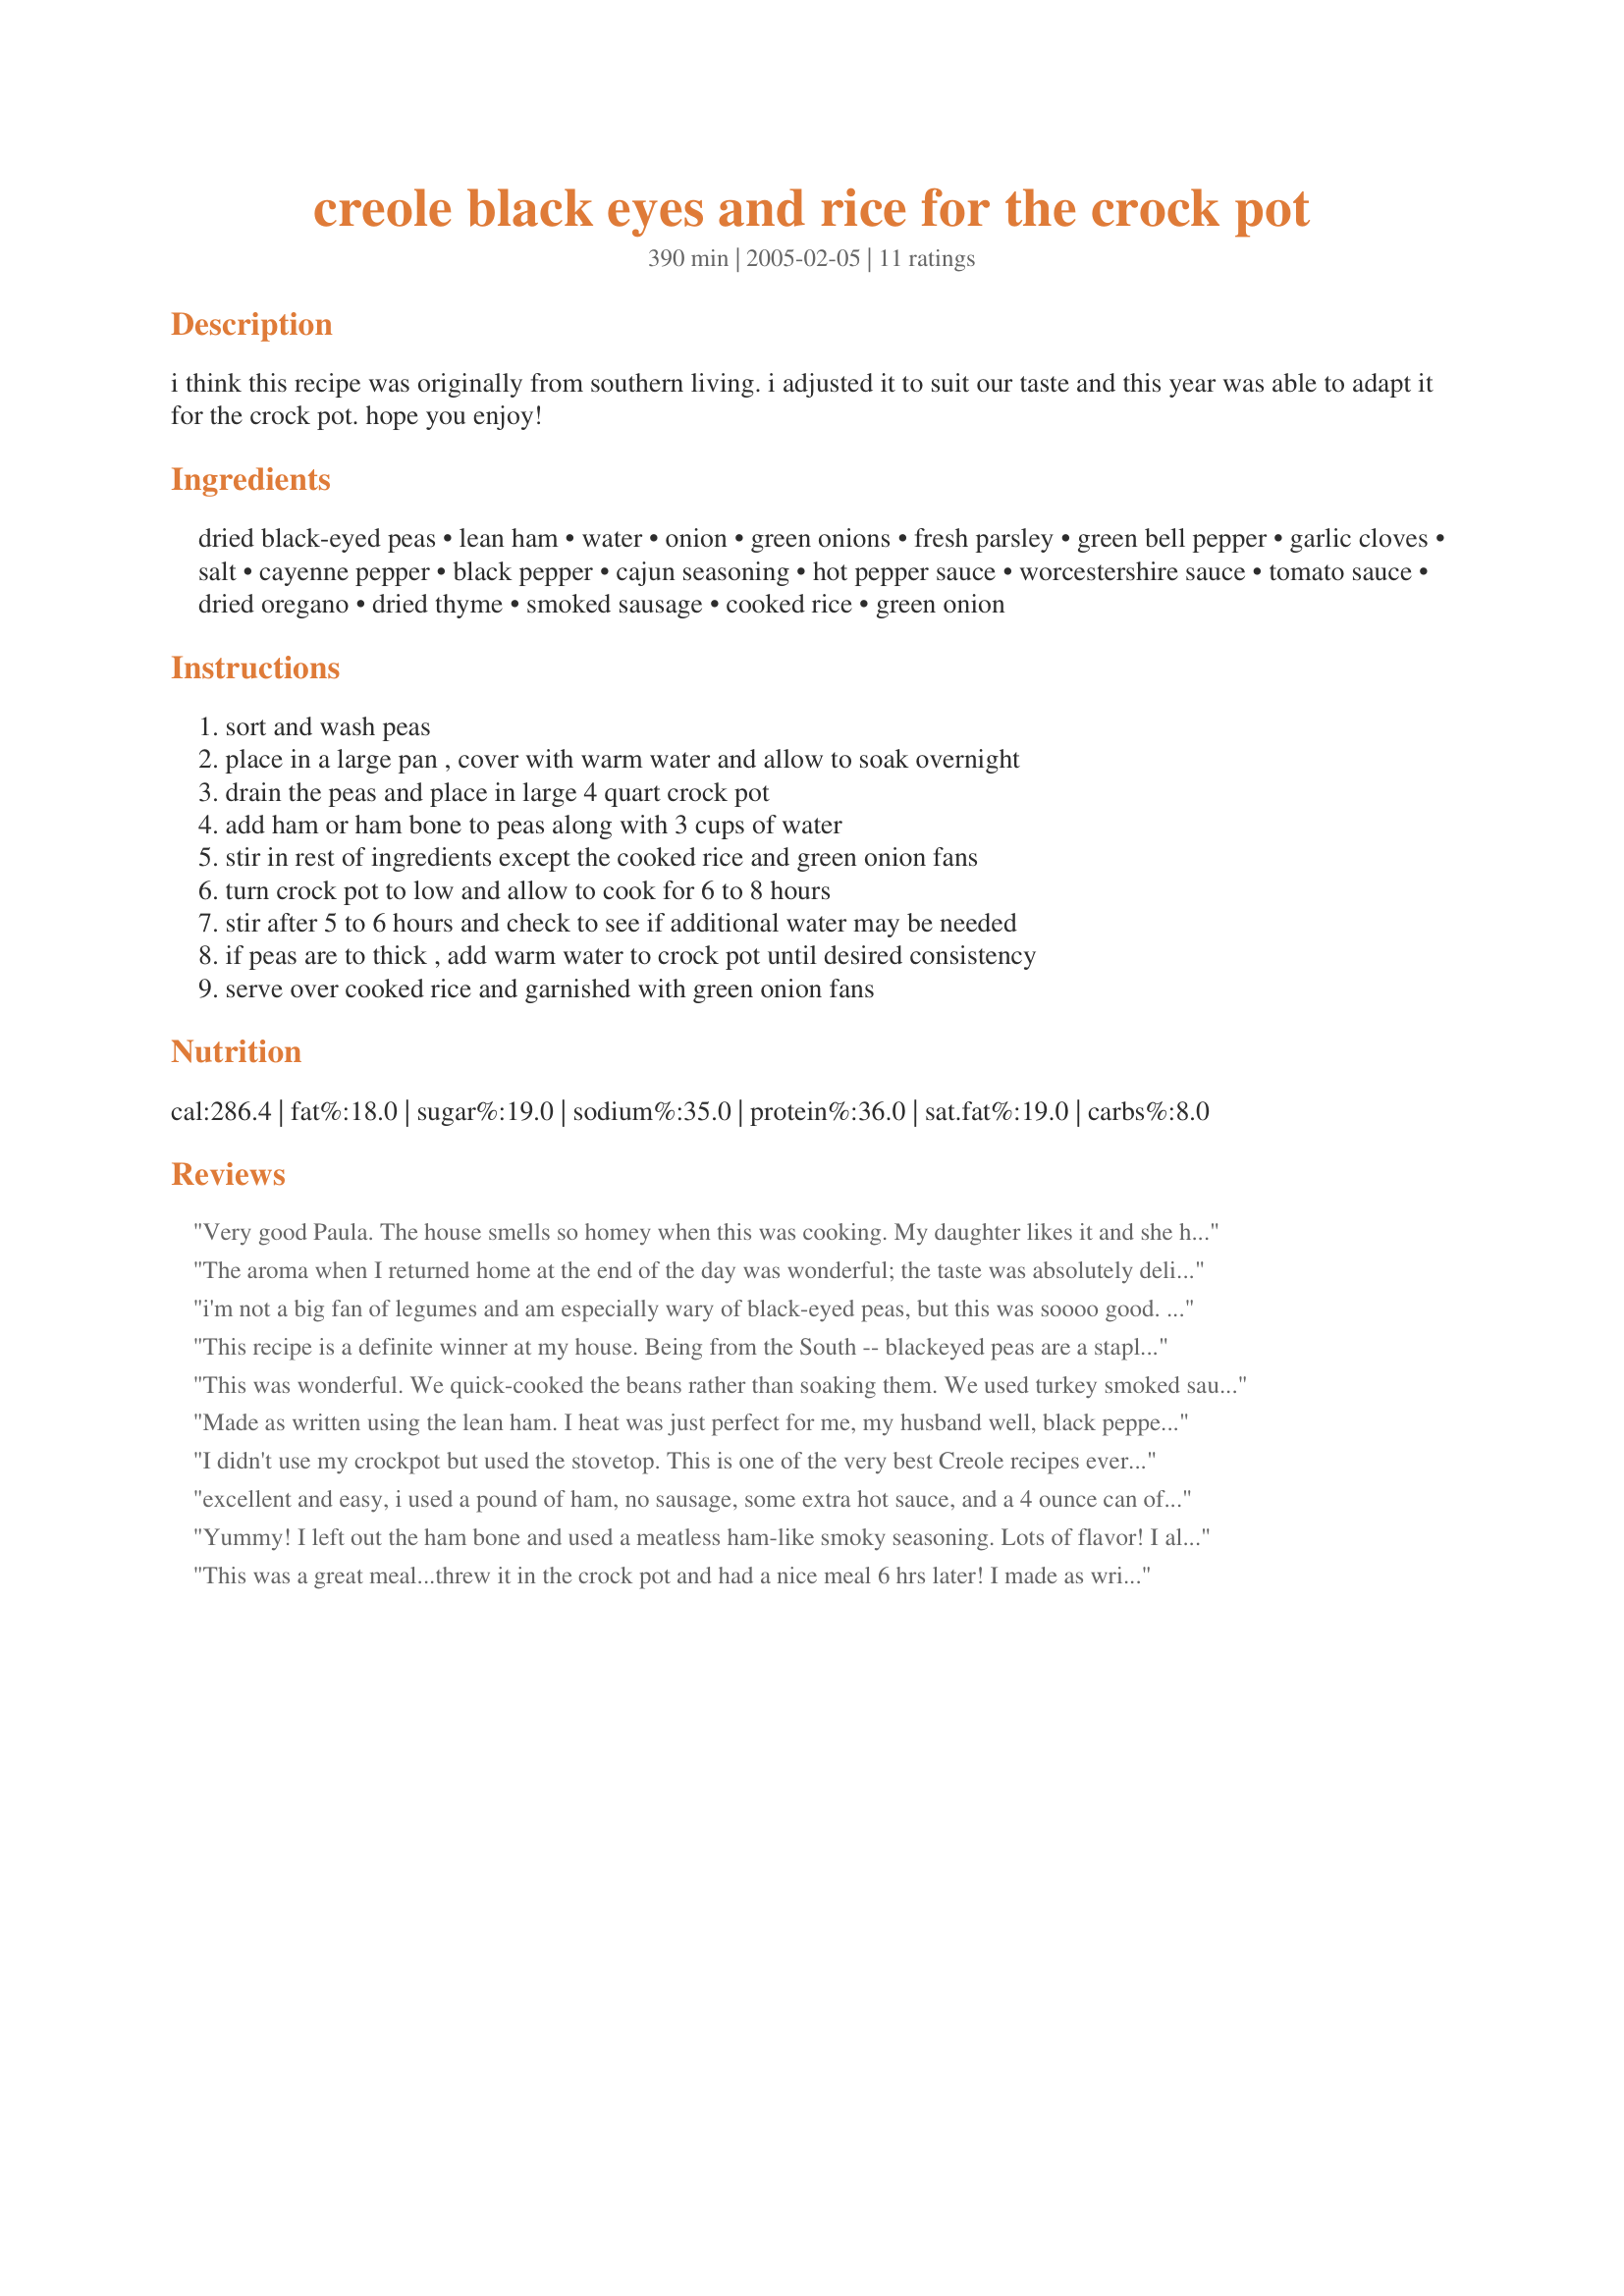
creole black eyes and rice for the crock pot
Preparation time: 390 minutes

i think this recipe was originally from southern living. i adjusted it to suit our taste and this year was able to adapt it for the crock pot. hope you enjoy!

Ingredients:
dried black-eyed peas, lean ham, water, onion, green onions, fresh parsley, green bell pepper, garlic cloves, salt, cayenne pepper, black pepper, cajun seasoning, hot pepper sauce, worcestershire sauce, tomato sauce, dried oregano, dried thyme, smoked sausage, cooked rice, green onion

Steps:
sort and wash peas, place in a large pan , cover with warm water and allow to soak overnight, drain the peas and place in large 4 quart crock pot, add ham or ham bone to peas along with 3 cups of water, stir in rest of ingredients except the cooked rice and green onion fans, turn crock pot to low and allow to cook for 6 to 8 hours, stir after 5 to 6 hours and check to see if additional water may be needed, if peas are to thick , add warm water to crock pot until desired consistency, serve over cooked rice and garnished with green onion fans

Reviews:
Very good Paula. The house smells so homey when this was cooking. My daughter likes it and she hates beans of any kind :). This dish reminds me of Texas Chili. I followed the recipe except I skipped the sausage and used only ham and ham bones. Thank you for the recipe.
The aroma when I returned home at the end of the day was wonderful; the taste was absolutely delicious! I used navy beans (all I had) and my ham bone was so meaty that the sausage wasn't necessary. Otherwise, I followed the recipe. Thanx for another winner Paula!
i'm not a big fan of legumes and am especially wary of black-eyed peas, but this was soooo good. i think it may be sacrilege here in new orleans, but i'll never make red beans and rice again!
This recipe is a definite winner at my house. Being from the South -- blackeyed peas are a staple in my pantry. Loved the seasonings, but reduced the cayenne a bit because I used smokehouse jalapeno sausage. The only other change I made was to saute my onions, bell peppers, etc. before adding them. This recipe will be a regular at my house. I couldn&#039;t wait for dinner so I had a cup of them for lunch today. Made for ZWT9 - Cajun/Creole, July, 2013.
This was wonderful. We quick-cooked the beans rather than soaking them. We used turkey smoked sausage and served it all on brown rice. Lots of yummy leftovers, too, great for lunches.
Made as written using the lean ham. I heat was just perfect for me, my husband well, black pepper is too hot for him. This was very easy to make. I was so excited to garnish this with the green onion fan, then I forgot all about that last step. Makes me sad :( Made for team Soup-A-Stars during ZWT9 2013
I didn't use my crockpot but used the stovetop. This is one of the very best Creole recipes ever! I didn't use the ham coz we don't like ham in dried beans, etc..The taste of ham is overwhelming in dried peas or beans (to me). So, I used hickory smoked slab bacon grease..maybe one-third cup..yeah, I know --not healthy but I always put in dried beans or peas coz it imparts a great flavor and makes the 'soup' thicker. I didn't use the green onions coz I used about 1 1/3 pounds of spicy smoked green onion sausage from a local meat market. The remainder of the sausage was HOT from the same meat market. I omitted the Cajun seasoning and the hot pepper sauce coz of the heat from the sausages but I did use some of the cayenne. I didn't use as much oregano or thyme. I used 1/4 tsp. dried whole oregano and 1/4 tsp. dried thyme.
I covered the soaked, rinsed and drained peas with water-- about two inches above the peas- in a heavy stainless steel pot and added the bacon grease. When the water came to the boil, I added all the other ingredients, including the sausages and cooked about forty minutes on low. Then I added a SMOKED pork neck bone and cooked about one additional hour on low. If you use the neckbone, it MUST be a smoked neck bone and only add it at the last hour or you will have bone splinters in the pot. This was really spicy! We loved it. If only I had made some hot water cornbread to accompany these peas..Well, there's always tomorrow! Thanks, PaulaG, for an outstanding recipe. TexasChef Judi Coleman
excellent and easy, i used a pound of ham, no sausage, some extra hot sauce, and a 4 ounce can of green chili peppers instead of bell pepper and a shot of hickory smoke. did not use oregano, due to my food allergy. wonderful and easy. soaking the beans was the hardest part of the recipe.
Yummy! I left out the ham bone and used a meatless ham-like smoky seasoning. Lots of flavor! I also put in some soy chorizo. For my DH I added some smoked beef sausage. Served over rice, this was delicious!
This was a great meal...threw it in the crock pot and had a nice meal 6 hrs later! I made as written using a ham bone...I think next time I will omit the ham bone or use a much smaller one as I think the ham flavor sort of "took over" and muddied the taste a bit. My BF and mother loved that about the flavor though so it's just a personal preference,I suppose. Thanks for sharing. Made for ZWT3.
Five stars all the way. This dish was just wonderful. I made it to take to a church supper, and everyone had rave reviews!!!
